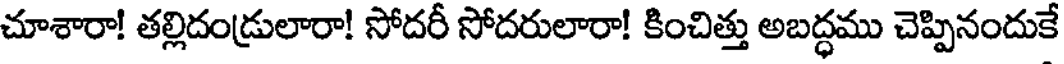
చూశారా! తల్లిదండ్రులారా! సోదరీ సోదరులారా! కించిత్తు అబద్ధము చెప్పినందుకే